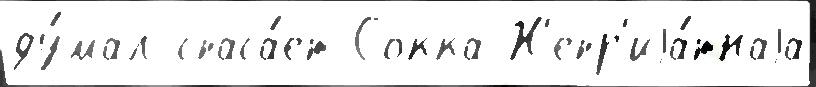
ду́мал спаса́ет Сокка Н'епр'иjа́тнаjа